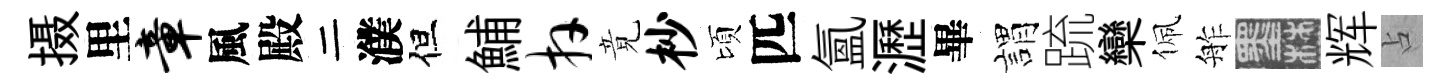
摄里章風殿二濮但鯆卉竟杪頃匹氳瀝畢謂䟽欒佩舴墨辉占